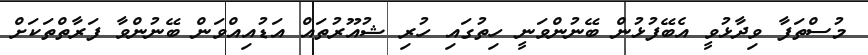
މުސްތަފާ ވިދާޅުވީ އެބޭފުޅުން ބޭނުންވަނީ ހިތުގައި ހުރި ޝުއޫރުތައް އަޑުއިއްވަން ބޭނުންވާ ފަރާތްތަކަށް